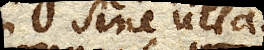
sine ulla